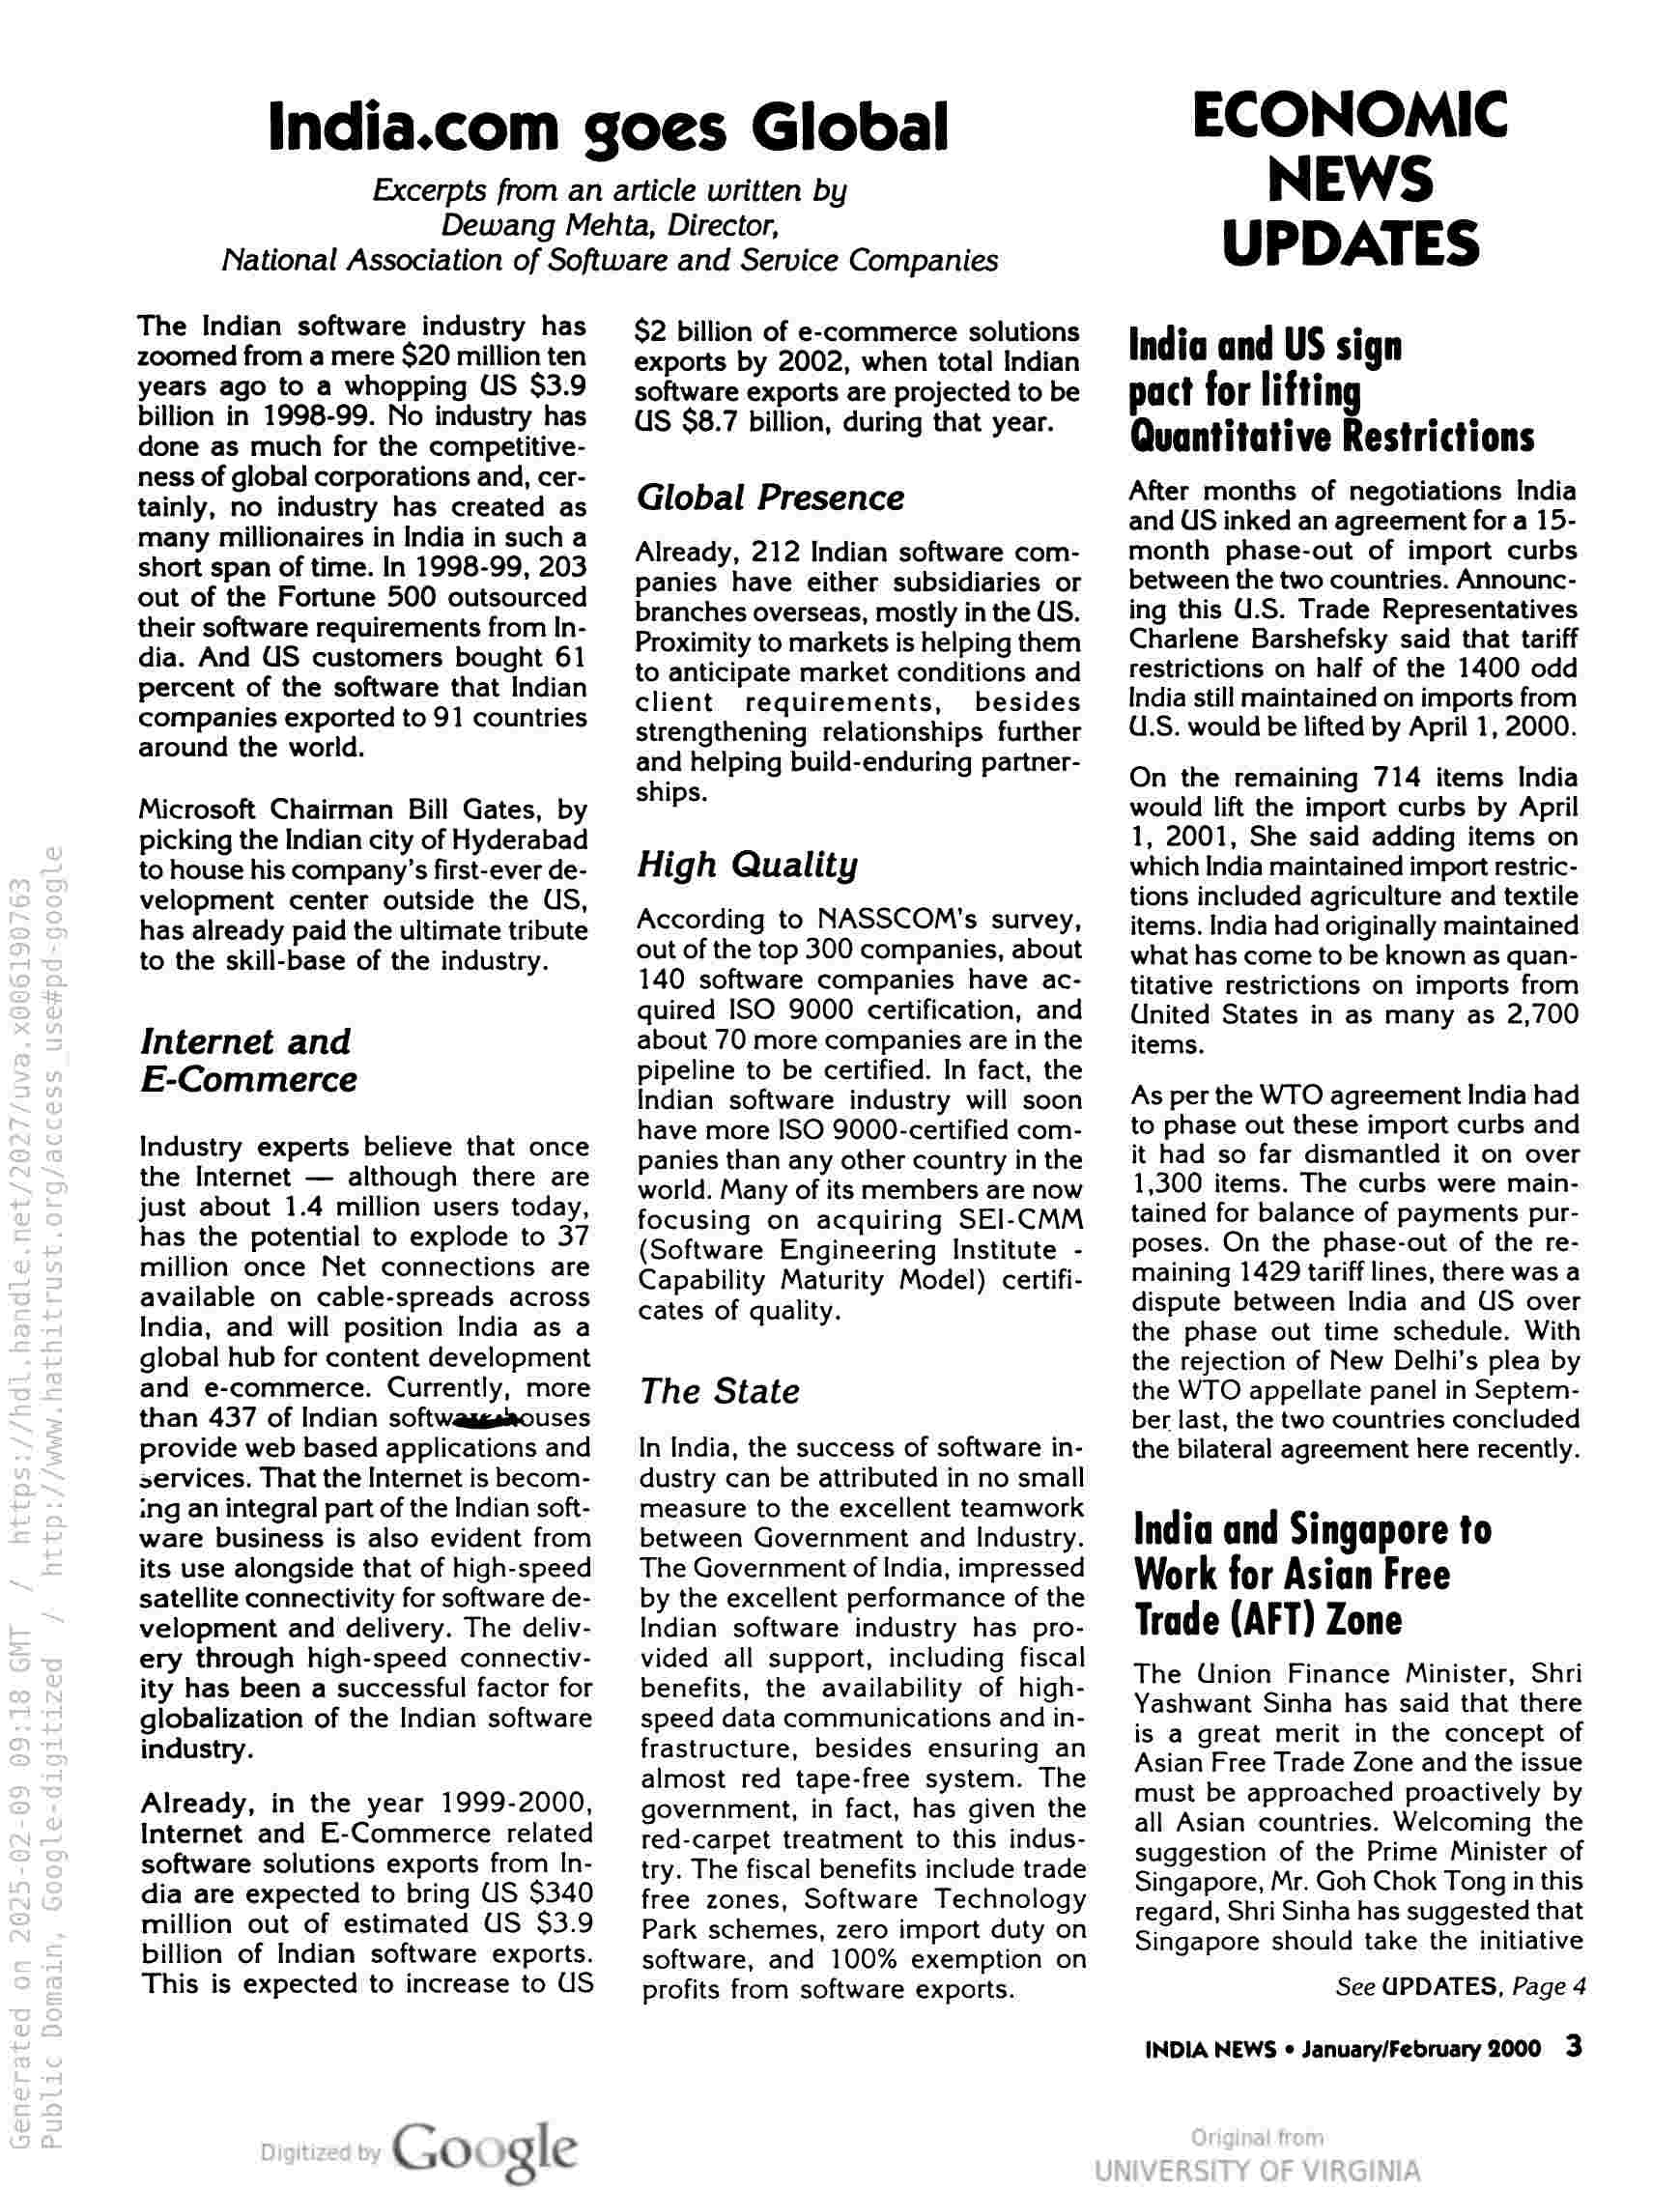
India.com goes Global

Excerpts from an article written by
Dewang Mehta, Director,
National Association of Software and Service Companies

The Indian software industry has
zoomed from a mere $20 million ten
years ago to a whopping US $3.9
billion in 1998-99. No industry has
done as much for the competitive-
ness of global corporations and, cer-
tainly, no industry has created as
many millionaires in India in such a
short span of time. In 1998-99, 203
out of the Fortune 500 outsourced
their software requirements from In-
dia. And US customers bought 61
percent of the software that Indian
companies exported to 91 countries
around the world.

Microsoft Chairman Bill Gates, by
picking the Indian city of Hyderabad
to house his company’s first-ever de-
velopment center outside the US,
has already paid the ultimate tribute
to the skill-base of the industry.

Internet and
E-Commerce

Industry experts believe that once
the Internet — although there are
just about 1.4 million users today,
has the potential to explode to 37
million once Net connections are
available on cable-spreads across
India, and will position India as a
global hub for content development
and e-commerce. Currently, more
than 437 of Indian softwaagemouses
provide web based applications and
services, That the Internet is becom-
ing an integral part of the Indian soft-
ware business is also evident from
its use alongside that of high-speed
satellite connectivity for software de-
velopment and delivery. The deliv-
ery through high-speed connectiv-
ity has been a successful factor for
globalization of the Indian software
industry.

Already, in the year 1999-2000,
Internet and E-Commerce related
software solutions exports from In-
dia are expected to bring US $340
million out of estimated US $3.9
billion of Indian software exports.
This is expected to increase to US

Google

$2 billion of e-commerce solutions
exports by 2002, when total Indian
software exports are projected to be
US $8.7 billion, during that year.

Global Presence

Already, 212 Indian software com-
panies have either subsidiaries or
branches overseas, mostly in the US.
Proximity to markets is helping them
to anticipate market conditions and
client requirements, besides
strengthening relationships further
and helping build-enduring partner-
ships.

High Quality

According to NASSCOM's survey,
out of the top 300 companies, about
140 software companies have ac-
quired ISO 9000 certification, and
about 70 more companies are in the
pipeline to be certified. In fact, the
Indian software industry will soon
have more ISO 9000-certified com-
panies than any other country in the
world. Many of its members are now
focusing on acquiring SEI-CMM
(Software Engineering Institute -
Capability Maturity Model) certifi-
cates of quality.

The State

In India, the success of software in-
dustry can be attributed in no small
measure to the excellent teamwork
between Government and Industry.
The Government of India, impressed
by the excellent performance of the
Indian software industry has pro-
vided all support, including fiscal
benefits, the availability of high-
speed data communications and in-
frastructure, besides ensuring an
almost red tape-free system. The
government, in fact, has given the
ted-carpet treatment to this indus-
try. The fiscal benefits include trade
free zones, Software Technology
Park schemes, zero import duty on
software, and 100% exemption on
profits from software exports.

ECONOMIC
NEWS
UPDATES

India and US sign
pact for lifting
Quantitative Restrictions

After months of negotiations India
and US inked an agreement for a 15-
month phase-out of import curbs
between the two countries. Announc-
ing this U.S. Trade Representatives
Charlene Barshefsky said that tariff
restrictions on half of the 1400 odd
India still maintained on imports from
U.S. would be lifted by April 1, 2000.

On the remaining 714 items India
would lift the import curbs by April
1, 2001, She said adding items on
which India maintained import restric-
tions included agriculture and textile
items. India had originally maintained
what has come to be known as quan-
titative restrictions on imports from
United States in as many as 2,700
items.

As per the WTO agreement India had
to phase out these import curbs and
it had so far dismantled it on over
1,300 items. The curbs were main-
tained for balance of payments pur-
poses. On the phase-out of the re-
maining 1429 tariff lines, there was a
dispute between India and US over
the phase out time schedule. With
the rejection of New Delhi's plea by
the WTO appellate panel in Septem-
ber last, the two countries concluded
the bilateral agreement here recently.

India and Singapore to
Work for Asian Free
Trade (AFT) Zone

The Union Finance Minister, Shri
Yashwant Sinha has said that there
is a great merit in the concept of
Asian Free Trade Zone and the issue
must be approached proactively by
all Asian countries. Welcoming the
suggestion of the Prime Minister of
Singapore, Mr. Goh Chok Tong in this
regard, Shri Sinha has suggested that
Singapore should take the initiative

See UPDATES, Page 4

INDIA NEWS ¢ January/February 2000 3